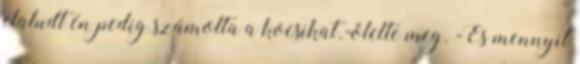
elaludt én pedig számolta a kocsikat.-ölelte meg. -És mennyit